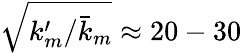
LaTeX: \sqrt{k_{m}^{\prime}/\bar{k}_{m}}\approx 20-30